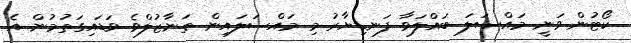
ކޯޓުން ވަނީ މައްސަލަ ބައްލަވާ ފަނޑިޔާރު މި މައްސަލައިން ތަނާޒުލްވެ ވަޑައިގަތުމުން އެ